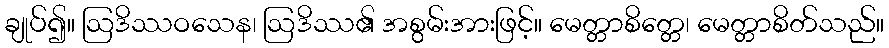
ချုပ်၍။ ဩဒိဿဝသေန၊ ဩဒိဿ၏ အစွမ်းအားဖြင့်။ မေတ္တာစိတ္တေ၊ မေတ္တာစိတ်သည်။